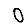
Digit: 0